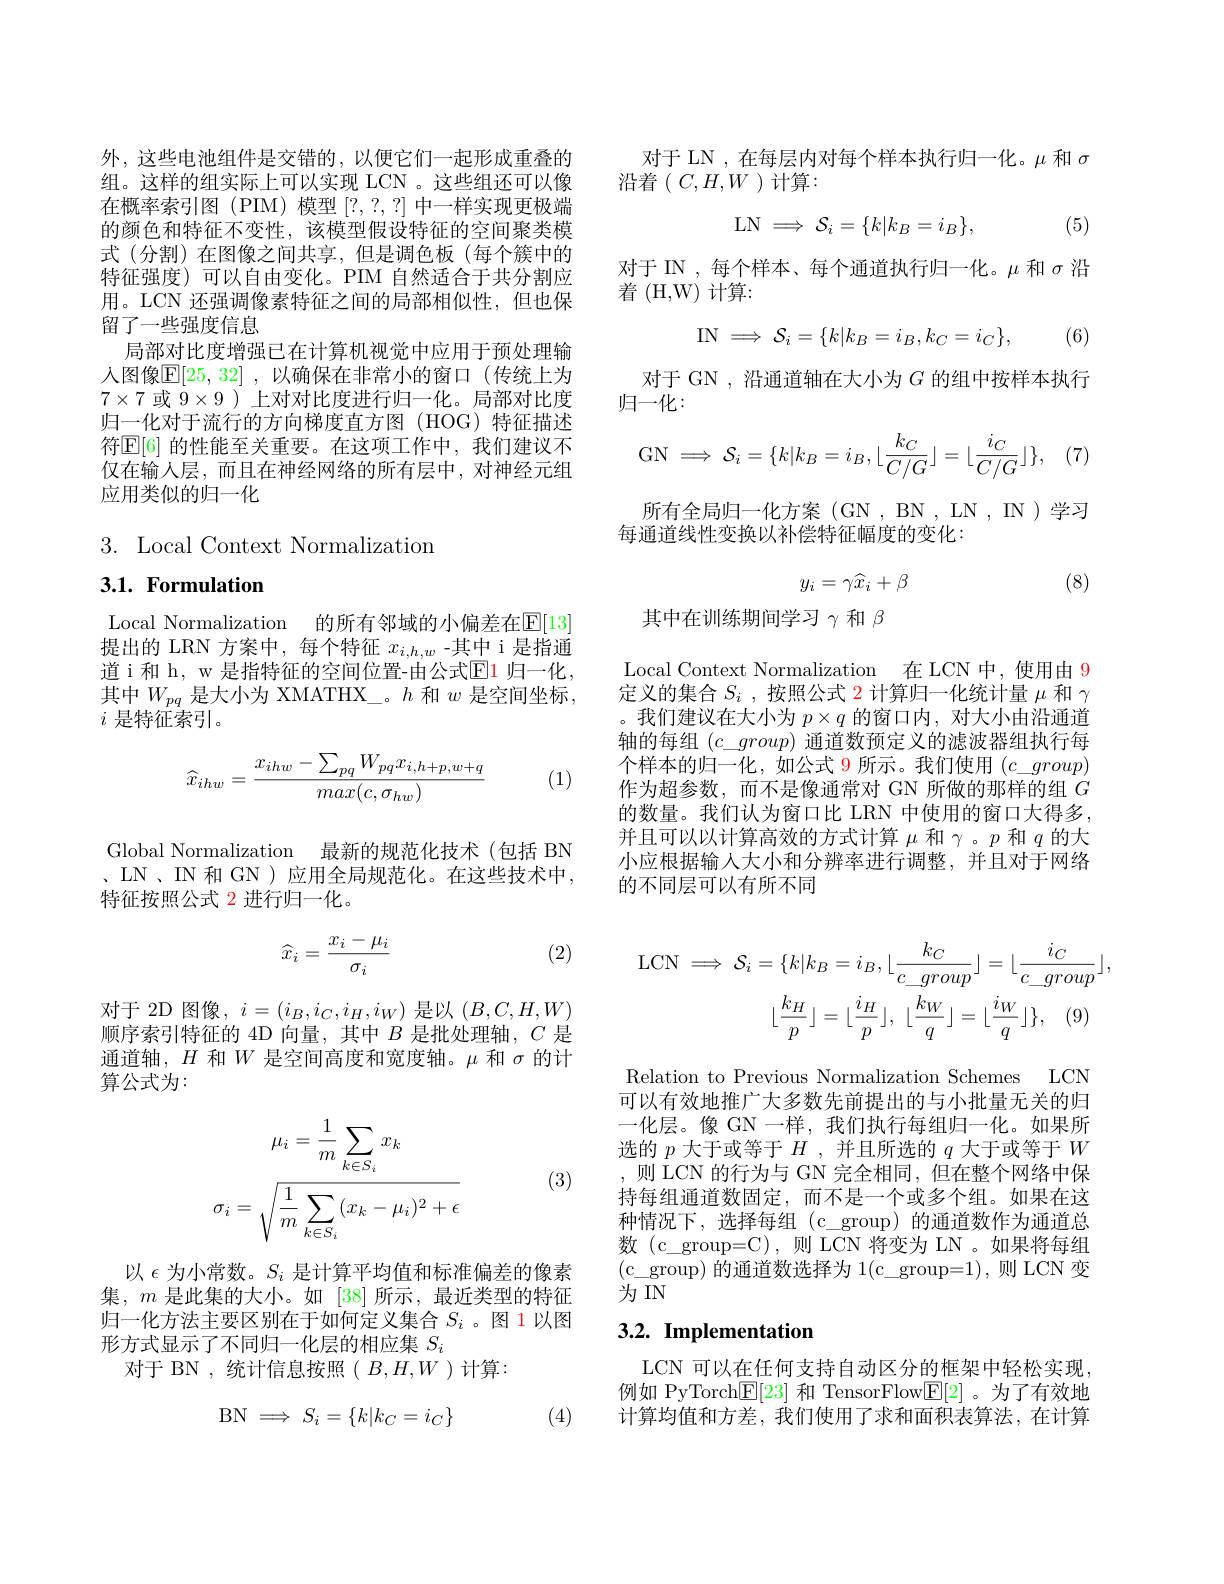
外，这些电池组件是交错的，以便它们一起形成重叠的组。这样的组实际上可以实现 LCN 。这些组还可以像在概率索引图(PIM) 模型[?,?,?] 中一样实现更极端的颜色和特征不变性，该模型假设特征的空间聚类模式(分割)在图像之间共享，但是调色板(每个簇中的特征强度)可以自由变化。PIM 自然适合于共分割应用。LCN 还强调像素特征之间的局部相似性，但也保留了一些强度信息
局部对比度增强已在计算机视觉中应用于预处理输入图像$\mathbb{E}[25,32]$ ,以确保在非常小的窗口(传统上为$7\times7$或$9\times9$ )上对对比度进行归一化。局部对比度归一化对于流行的方向梯度直方图(HOG)特征描述符$\mathbb{E}[6]$ 的性能至关重要。在这项工作中，我们建议不仅在输入层，而且在神经网络的所有层中，对神经元组应用类似的归一化

3.Local Context Normalization

3.1. Formulation

Local Normalization 的所有邻域的小偏差在E[13] 提出的 LRN 方案中，每个特征$x_i,h,w$ -其中 i 是指通道 i 和 h, w 是指特征的空间位置-由公式$\mathbb{E}$1 归一化， 其中$W_pq$是大小为 XMATHX\_。$h$和$w$是空间坐标， $i$是特征索引。
$$\widehat{x}_{ihw}=\frac{x_{ihw}-\sum_{pq}W_{pq}x_{i,h+p,w+q}}{max(c,\sigma_{hw})}$$
Global Normalization 最新的规范化技术(包括 BN 、LN、IN 和 GN ) 应用全局规范化。在这些技术中， 特征按照公式 2 进行归一化。

(2)
$$\widehat x_i=\frac{x_i-\mu_i}{\sigma_i}$$
$$i\:=\:(i_{B},i_{C},i_{H},i_{W})$$
$(B,C,H,W)$
顺序索引特征的 4D 向量，其中$B$是批处理轴，$C$是通道轴，$H$和$W$是空间高度和宽度轴。$\mu$和$\sigma$的计算公式为：
$$\mu_{i}=\frac{1}{m}\sum_{k\in S_{i}}x_{k}\\\sigma_{i}=\sqrt{\frac{1}{m}\sum_{k\in S_{i}}(x_{k}-\mu_{i})^{2}+\epsilon}$$
(3)

以$\epsilon$为小常数。$S_i$是计算平均值和标准偏差的像素集，$m$是此集的大小。如 [38]所示，最近类型的特征归一化方法主要区别在于如何定义集合$S_i$ 。图 1以图形方式显示了不同归一化层的相应集$S_i$
对于 BN , 统计信息按照$(B,H,W)$计算：
$$\mathrm B\mathrm N\implies S_i=\{k|k_C=i_C\}$$
(4)

对于 LN , 在每层内对每个样本执行归一化。$\mu$和$\sigma$
沿着($C,H,W$)计算：
$$\mathrm{LN}\implies\mathcal{S}_i=\{k|k_B=i_B\},$$
(5)

对于 IN , 每个样本、每个通道执行归一化。$\mu$和$\sigma$沿
${\text{着 (H,W) 计算：}}$
$$\mathrm I\mathrm N\implies\mathcal S_i=\{k|k_B=i_B,k_C=i_C\},$$
(6)

对于 GN , 沿通道轴在大小为$G$的组中按样本执行
归一化：
$$\mathrm{GN}\implies\mathcal{S}_i=\{k|k_B=i_B,\lfloor\frac{k_C}{C/G}\rfloor=\lfloor\frac{i_C}{C/G}\rfloor\},$$
(7)

所有全局归一化方案 (GN , BN , LN , IN ) 学习

每通道线性变换以补偿特征幅度的变化：
$$y_i=\gamma\widehat{x}_i+\beta $$
(8)

其中在训练期间学习$\gamma$和$\beta$

Local Context Normalization 在 LCN 中，使用由 9定义的集合$S_i$ ,按照公式 2 计算归一化统计量$\mu$和$\gamma$ 。我们建议在大小为$p\times q$的窗口内，对大小由沿通道轴的每组$(c\_group)$通道数预定义的滤波器组执行每个样本的归一化，如公式 9 所示。我们使用$(c\_group)$ 作为超参数，而不是像通常对 GN 所做的那样的组$G$ 的数量。我们认为窗口比 LRN 中使用的窗口大得多， 并且可以以计算高效的方式计算$\mu$和$\gamma$ 。$p$和$q$的大小应根据输人大小和分辨率进行调整，并且对于网络的不同层可以有所不同
$$\mathrm{LCN}\implies\mathcal{S}_{i}=\{k|k_{B}=i_{B},\lfloor\frac{k_{C}}{c_group}\rfloor=\lfloor\frac{i_{C}}{c_group}\rfloor,\\\lfloor\frac{k_{H}}{p}\rfloor=\lfloor\frac{i_{H}}{p}\rfloor,\:\lfloor\frac{k_{W}}{q}\rfloor=\lfloor\frac{i_{W}}{q}\rfloor\},\quad(9)$$
Relation to Previous Normalization Schemes LCN

可以有效地推广大多数先前提出的与小批量无关的归一化层。像 GN 一样，我们执行每组归一化。如果所选的$p$大于或等于$H$ ,并且所选的$q$大于或等于$W$ ,则 LCN 的行为与 GN 完全相同，但在整个网络中保持每组通道数固定，而不是一个或多个组。如果在这种情况下，选择每组(c_group)的通道数作为通道总数 (c\_group=C),则 LCN 将变为 LN 。如果将每组(c\_group) 的通道数选择为 1(c\_group=1),则 LCN 变为IN

# 3.2. Implementation

LCN 可以在任何支持自动区分的框架中轻松实现， 例如 PyTorch$\underline{\mathbb{E}}[23]$和 TensorFlow$\underline{\mathbb{E}}[2]$ 。为了有效地计算均值和方差，我们使用了求和面积表算法，在计算